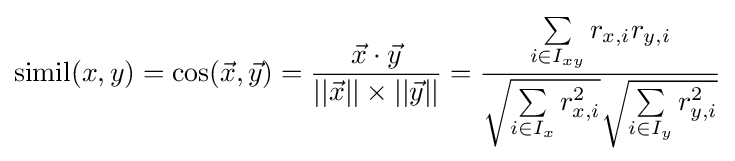
\operatorname {simil} (x,y)=\cos({\vec {x}},{\vec {y}})={\frac {{\vec {x}}\cdot {\vec {y}}}{||{\vec {x}}||\times ||{\vec {y}}||}}={\frac {\sum \limits _{i\in I_{xy}}r_{x,i}r_{y,i}}{{\sqrt {\sum \limits _{i\in I_{x}}r_{x,i}^{2}}}{\sqrt {\sum \limits _{i\in I_{y}}r_{y,i}^{2}}}}}